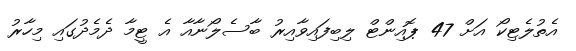
އެތުލެޓިކޯ އަށް 47 ޕޮއިންޓް ލިބިފައިވާއިރު ބާސެލޯނާއާ އެ ޓީމާ ދެމެދުގައި މިހާރު